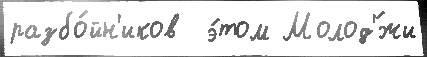
разбо́йн'иков  э́том Молод'́жи